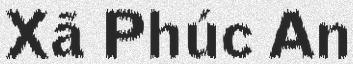
Xã Phúc An